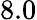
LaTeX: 8.0